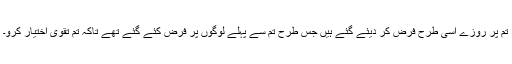
تم پر روزے اسی طرح فرض کر دیئے گئے ہیں جس طرح تم سے پہلے لوگوں پر فرض کئے گئے تھے تاکہ تم تقویٰ اختیار کرو۔